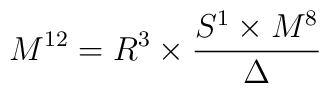
M^{12} = R^3\times \frac{S^1\times M^8}{\Delta}